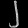
Digit: ၂